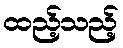
ထည့်သည့်